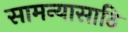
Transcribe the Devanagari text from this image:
सामन्यासाठि